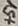
Text: +5V